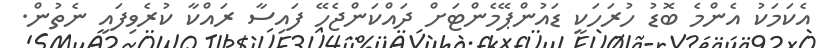
އެކަމަކު އެންމެ ބޮޑު ހުރަހަކީ ޑައުންޕޭމެންޓަށް ދައްކަންޖެހޭ ފައިސާ ރައްކާ ކުރެވިފައި ނެތުން.